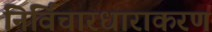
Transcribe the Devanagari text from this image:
निर्विचारधाराकरण